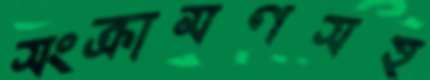
সংক্রামণসহ